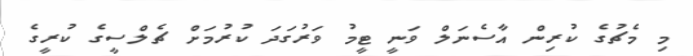
މި މެޗުގެ ކުރިން އާސެނަލް ވަނީ ޓީމު ވަރުގަދަ ކުރުމަށް ޗެލްސީގެ ކުރީގެ